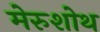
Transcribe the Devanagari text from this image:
मेरुशोथ